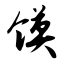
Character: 馍